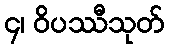
၄၊ ဝိပဿီသုတ်